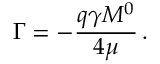
\Gamma = - \frac { q \gamma M ^ { 0 } } { 4 \mu } \, .